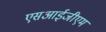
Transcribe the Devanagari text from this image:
एसआईजीएम